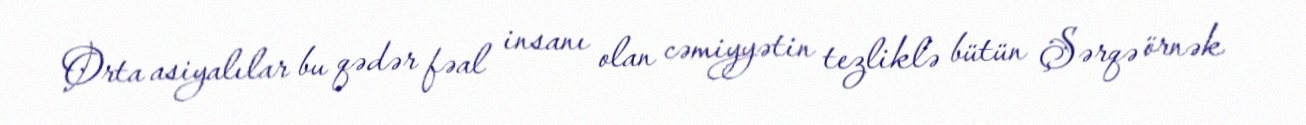
Orta asiyalılar bu qədər fəal insanı olan cəmiyyətin tezliklə bütün Şərqə örnək